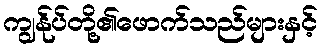
ကျွန်ုပ်တို့၏ဖောက်သည်များနှင့်